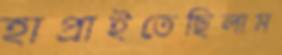
হাপ্‌রাইতেছিলাম